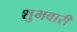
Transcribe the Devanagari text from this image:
शुभवारी